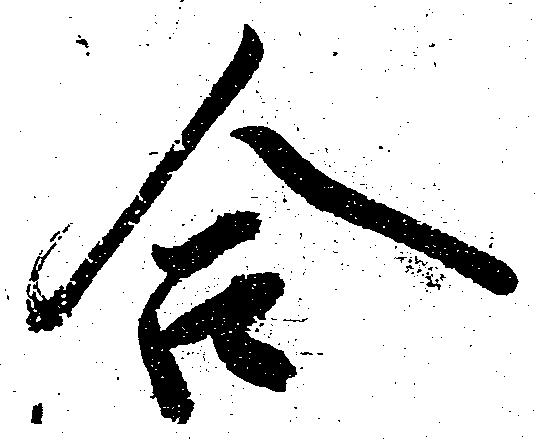
合